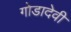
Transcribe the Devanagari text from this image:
गोडादेवी